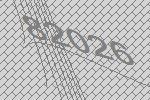
82026